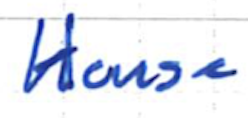
Text: House
Cross-out: clean
Writing tool: ballpoint